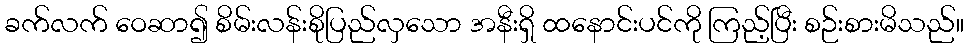
ခက်လက် ဝေဆာ၍ စိမ်းလန်းစိုပြည်လှသော အနီးရှိ ထနောင်းပင်ကို ကြည့်ပြီး စဉ်းစားမိသည်။